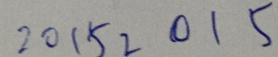
2 0 1 5 2 0 1 5